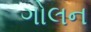
ગોલન